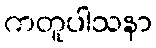
ကတူပါသနာ